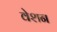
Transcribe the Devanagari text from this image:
वेशन